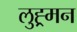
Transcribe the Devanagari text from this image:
लुह्र्मन